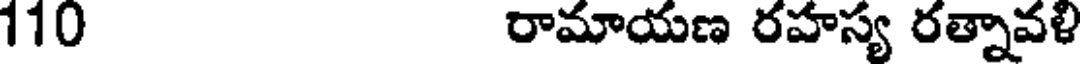
110 రామాయణ రహస్య రత్నావళి